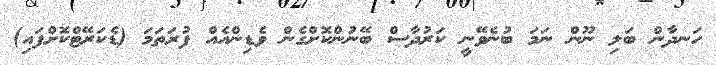
ހަނދާން ބަލި ނޫން ނަމަ ބުނެވޭނީ ކަރުދާސް ބޭނުންކޮށްގެން ވެޑިންއެއް ފުރަތަމަ (ޑެކަރޭޓްކޮށްފައި)